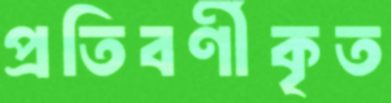
প্রতিবর্ণীকৃত